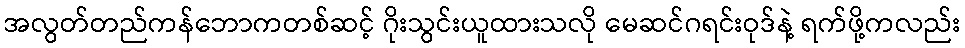
အလွတ်တည်ကန်ဘောကတစ်ဆင့် ဂိုးသွင်းယူထားသလို မေဆင်ဂရင်းဝုဒ်နဲ့ ရက်ဖို့ကလည်း